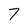
Character: 7